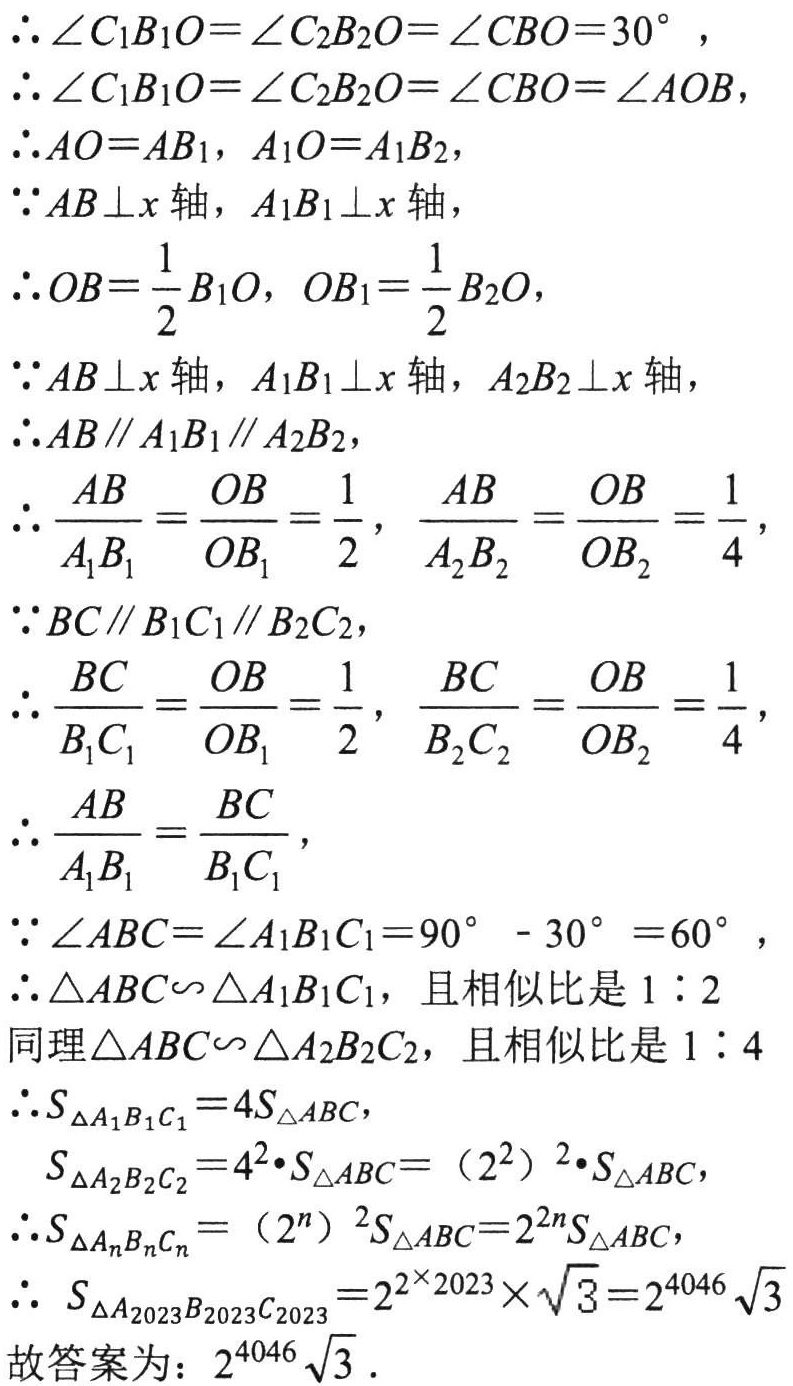
\(\begin{align}
&\therefore\angle C_{1}B_{1}O = \angle C_{2}B_{2}O=\angle CBO = 30^{\circ},\\
&\therefore\angle C_{1}B_{1}O=\angle C_{2}B_{2}O=\angle CBO=\angle AOB,\\
&\therefore AO = AB_{1},\ A_{1}O = A_{1}B_{2},\\
&\because AB\perp x\text{ 轴},\ A_{1}B_{1}\perp x\text{ 轴},\\
&\therefore OB=\frac{1}{2}B_{1}O,\ OB_{1}=\frac{1}{2}B_{2}O,\\
&\because AB\perp x\text{ 轴},\ A_{1}B_{1}\perp x\text{ 轴},\ A_{2}B_{2}\perp x\text{ 轴},\\
&\therefore AB\parallel A_{1}B_{1}\parallel A_{2}B_{2},\\
&\therefore\frac{AB}{A_{1}B_{1}}=\frac{OB}{OB_{1}}=\frac{1}{2},\ \frac{AB}{A_{2}B_{2}}=\frac{OB}{OB_{2}}=\frac{1}{4},\\
&\because BC\parallel B_{1}C_{1}\parallel B_{2}C_{2},\\
&\therefore\frac{BC}{B_{1}C_{1}}=\frac{OB}{OB_{1}}=\frac{1}{2},\ \frac{BC}{B_{2}C_{2}}=\frac{OB}{OB_{2}}=\frac{1}{4},\\
&\therefore\frac{AB}{A_{1}B_{1}}=\frac{BC}{B_{1}C_{1}},\\
&\because\angle ABC=\angle A_{1}B_{1}C_{1}=90^{\circ}-30^{\circ}=60^{\circ},\\
&\therefore\triangle ABC\backsim\triangle A_{1}B_{1}C_{1},\text{ 且相似比是 }1:2\\
&\text{同理}\triangle ABC\backsim\triangle A_{2}B_{2}C_{2},\text{ 且相似比是 }1:4\\
&\therefore S_{\triangle A_{1}B_{1}C_{1}} = 4S_{\triangle ABC},\\
&S_{\triangle A_{2}B_{2}C_{2}}=4^{2}\cdot S_{\triangle ABC}=(2^{2})^{2}\cdot S_{\triangle ABC},\\
&\therefore S_{\triangle A_{n}B_{n}C_{n}}=(2^{n})^{2}S_{\triangle ABC}=2^{2n}S_{\triangle ABC},\\
&\therefore\ S_{\triangle A_{2023}B_{2023}C_{2023}}=2^{2\times2023}\times\sqrt{3}=2^{4046}\sqrt{3}\\
\end{align}\)
故答案为：\(2^{4046}\sqrt{3}\)．